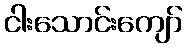
ငါးသောင်းကျော်